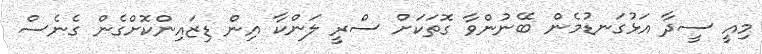
މިއީ ސީދާ އަޅުގަނޑުމެން ބޭނުންވާ ގޮތަކަށް ސްރީ ލަންކާ އިން ޑިޒައިންކޮށްގެން ގެނެސް